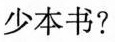
少本书?